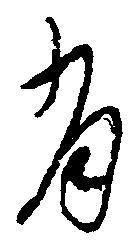
有